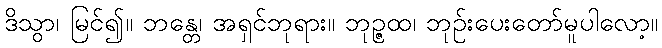
ဒိသွာ၊ မြင်၍။ ဘန္တေ၊ အရှင်ဘုရား။ ဘုဉ္ဇထ၊ ဘုဉ်းပေးတော်မူပါလော့။